Eesti_Vabariigi_Tartu_Ulikool, lk 24
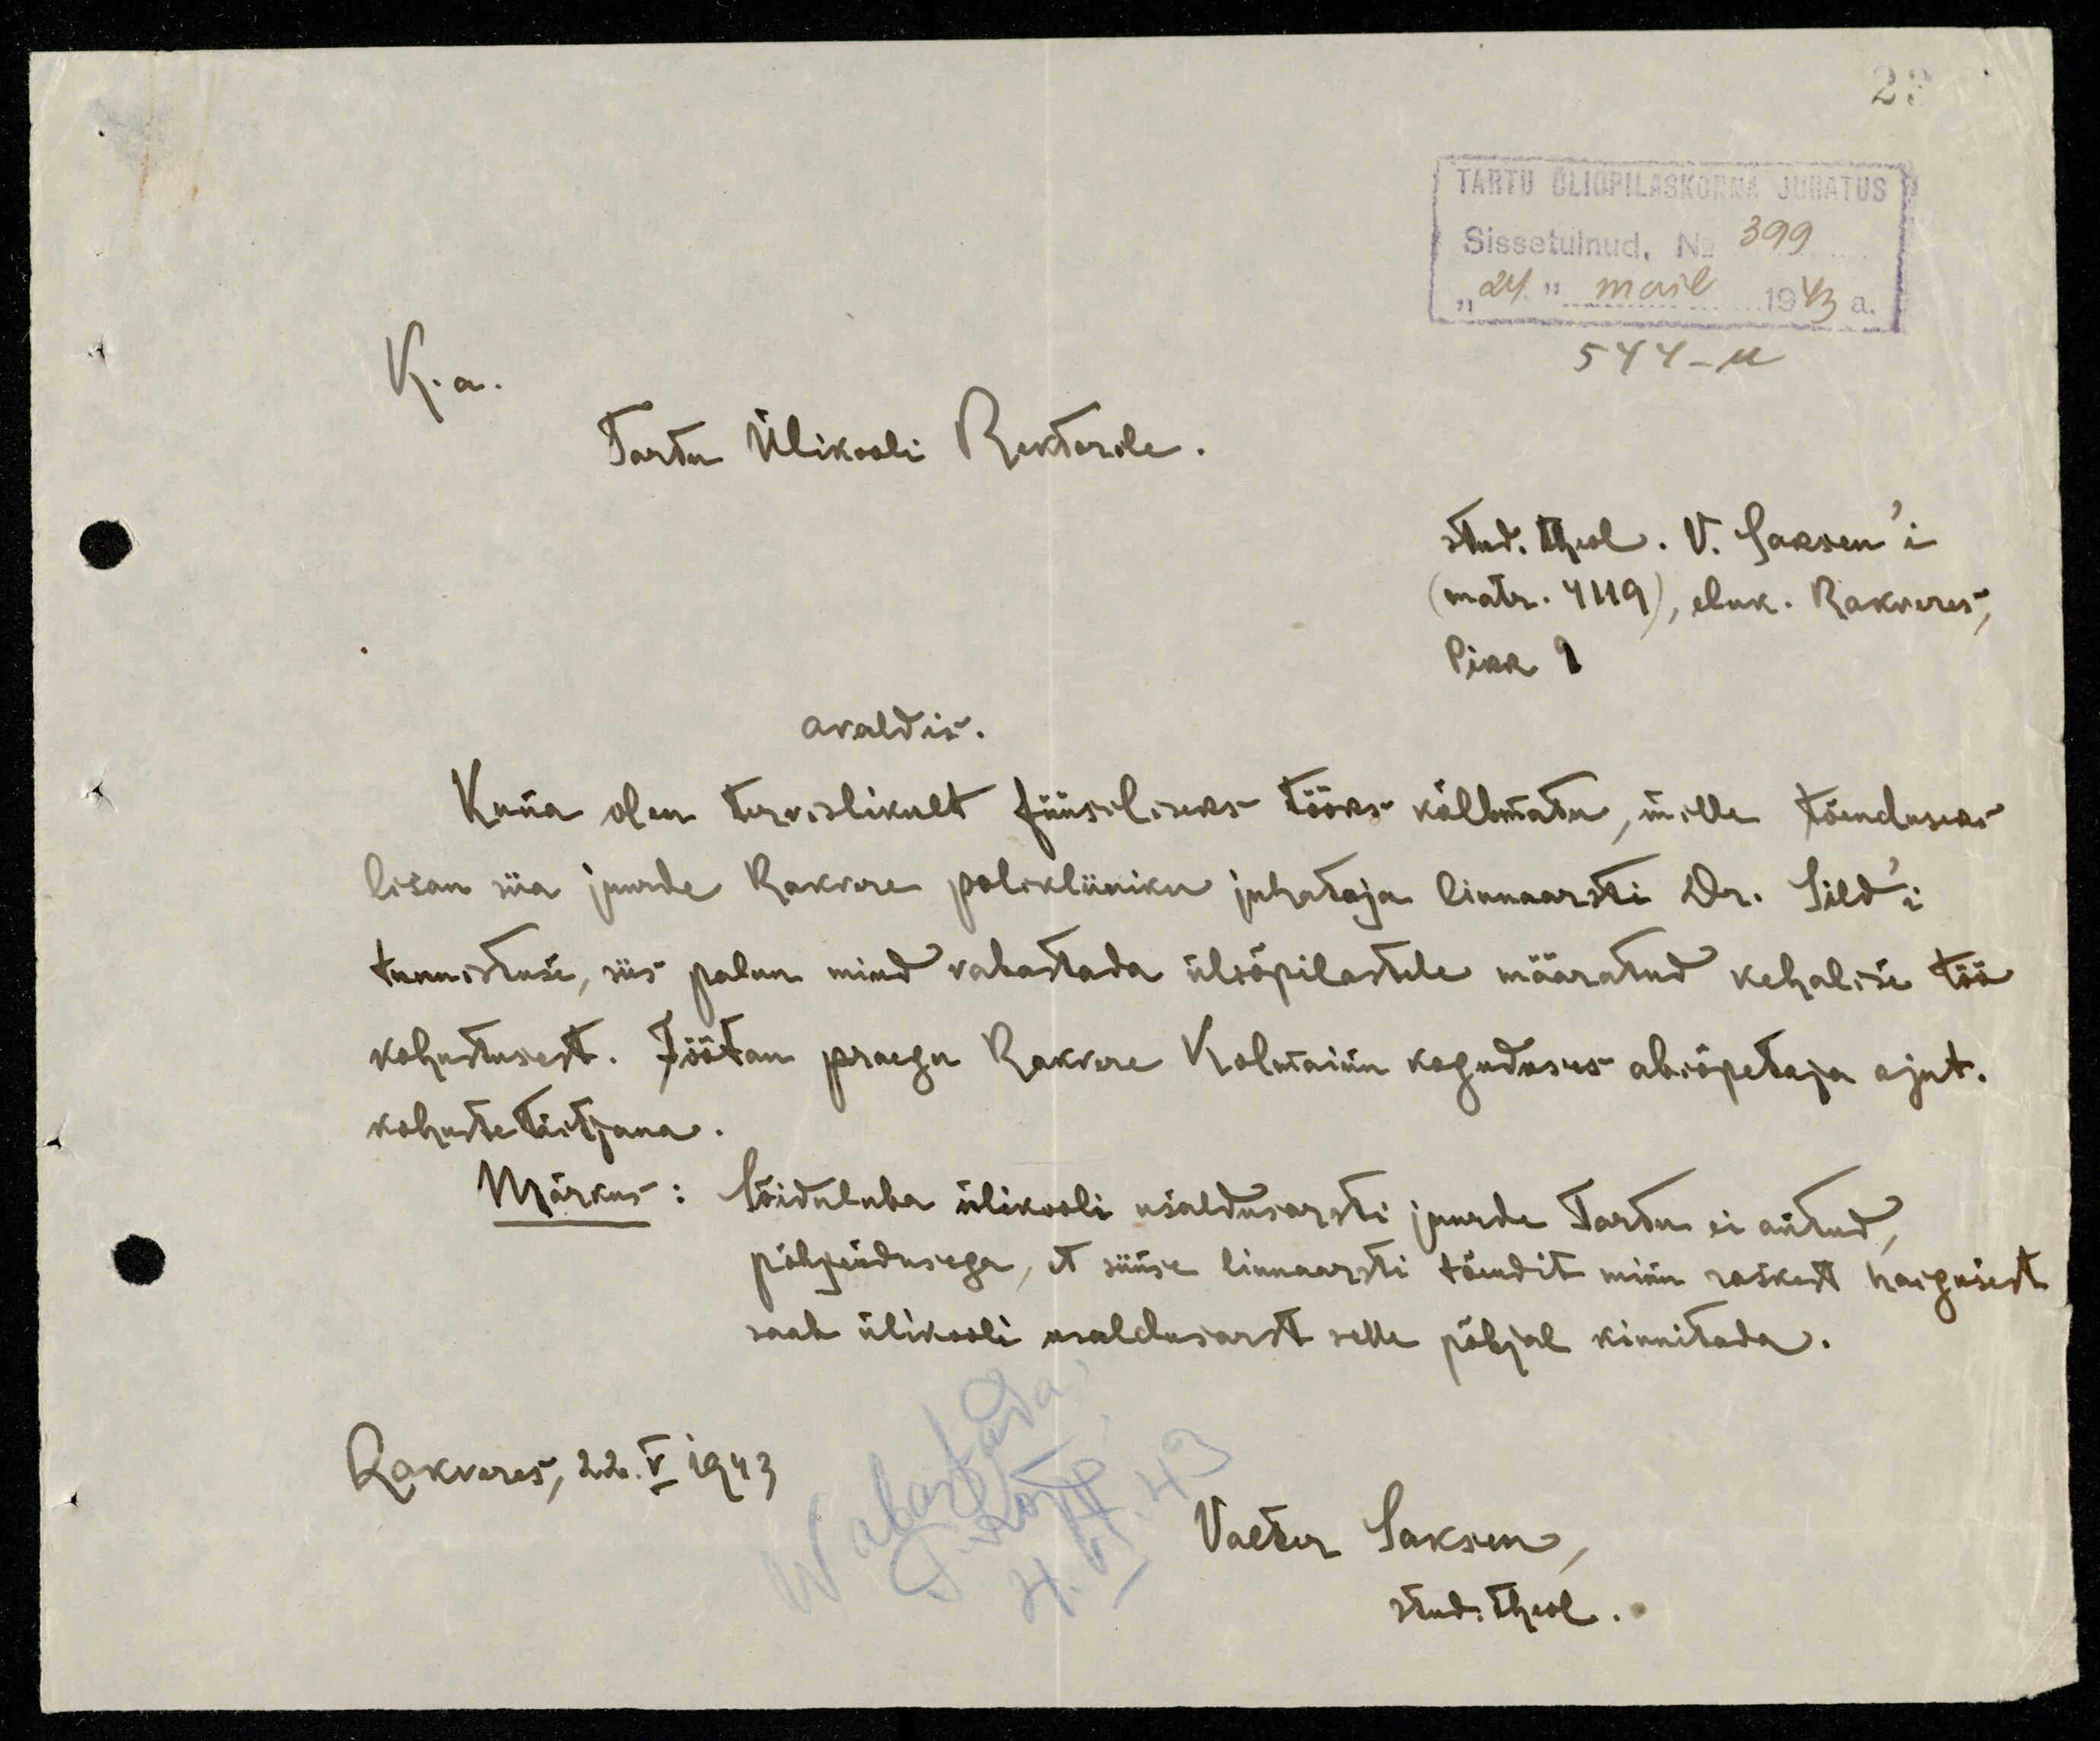
23.
TARTU ÜLIÕPILASKONNA JUHATUS
Sissetulnud. No 399
"24." mail 1943 a.
544-M
K. a.
Tartu Ülikooli Rektorile.
stud. theol. V. Saksen'i
(matr. 4119), eluk. Rakveres,
Pikk 9
avaldis.
Kuna olen tervislikult füüsiliseks tööks kõlbmatu, mille tõenduseks
lisan siia juurde Rakwere polikliiniku juhataja linnaarsti Dr. Sild'i
tunnistuse, siis palun mind vabastada üliõpilastele määratud kehalise töö
kohustusest. Töötan praegu Rakwere Kolmainu koguduse abiõpetaja ajut.
kohuste täitjana.
Märkus: Sõiduluba ülikooli usaldusarsti juurde Tartu ei antud
põhjendusega, et siinse linnaarsti tõendit minu raskest haigusest
saab ülikooli usaldusarst selle põhjal kinnitada.
Rakveres, 22.V 1943
Valter Saksen
stud. theol.